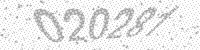
Solution: 020281